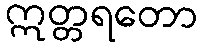
ဣတ္တရတော